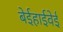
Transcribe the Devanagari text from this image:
बेईहाईवेई